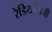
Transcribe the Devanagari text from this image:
रेडियॉलॉजी